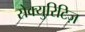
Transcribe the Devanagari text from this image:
सेक्युरिटिज़